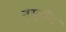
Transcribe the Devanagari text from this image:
न्‍यूरॉन